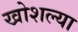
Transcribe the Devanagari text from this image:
खोशल्या